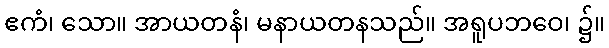
ဧကံ၊ သော။ အာယတနံ၊ မနာယတနသည်။ အရူပဘဝေ၊ ၌။